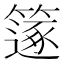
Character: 𥳤